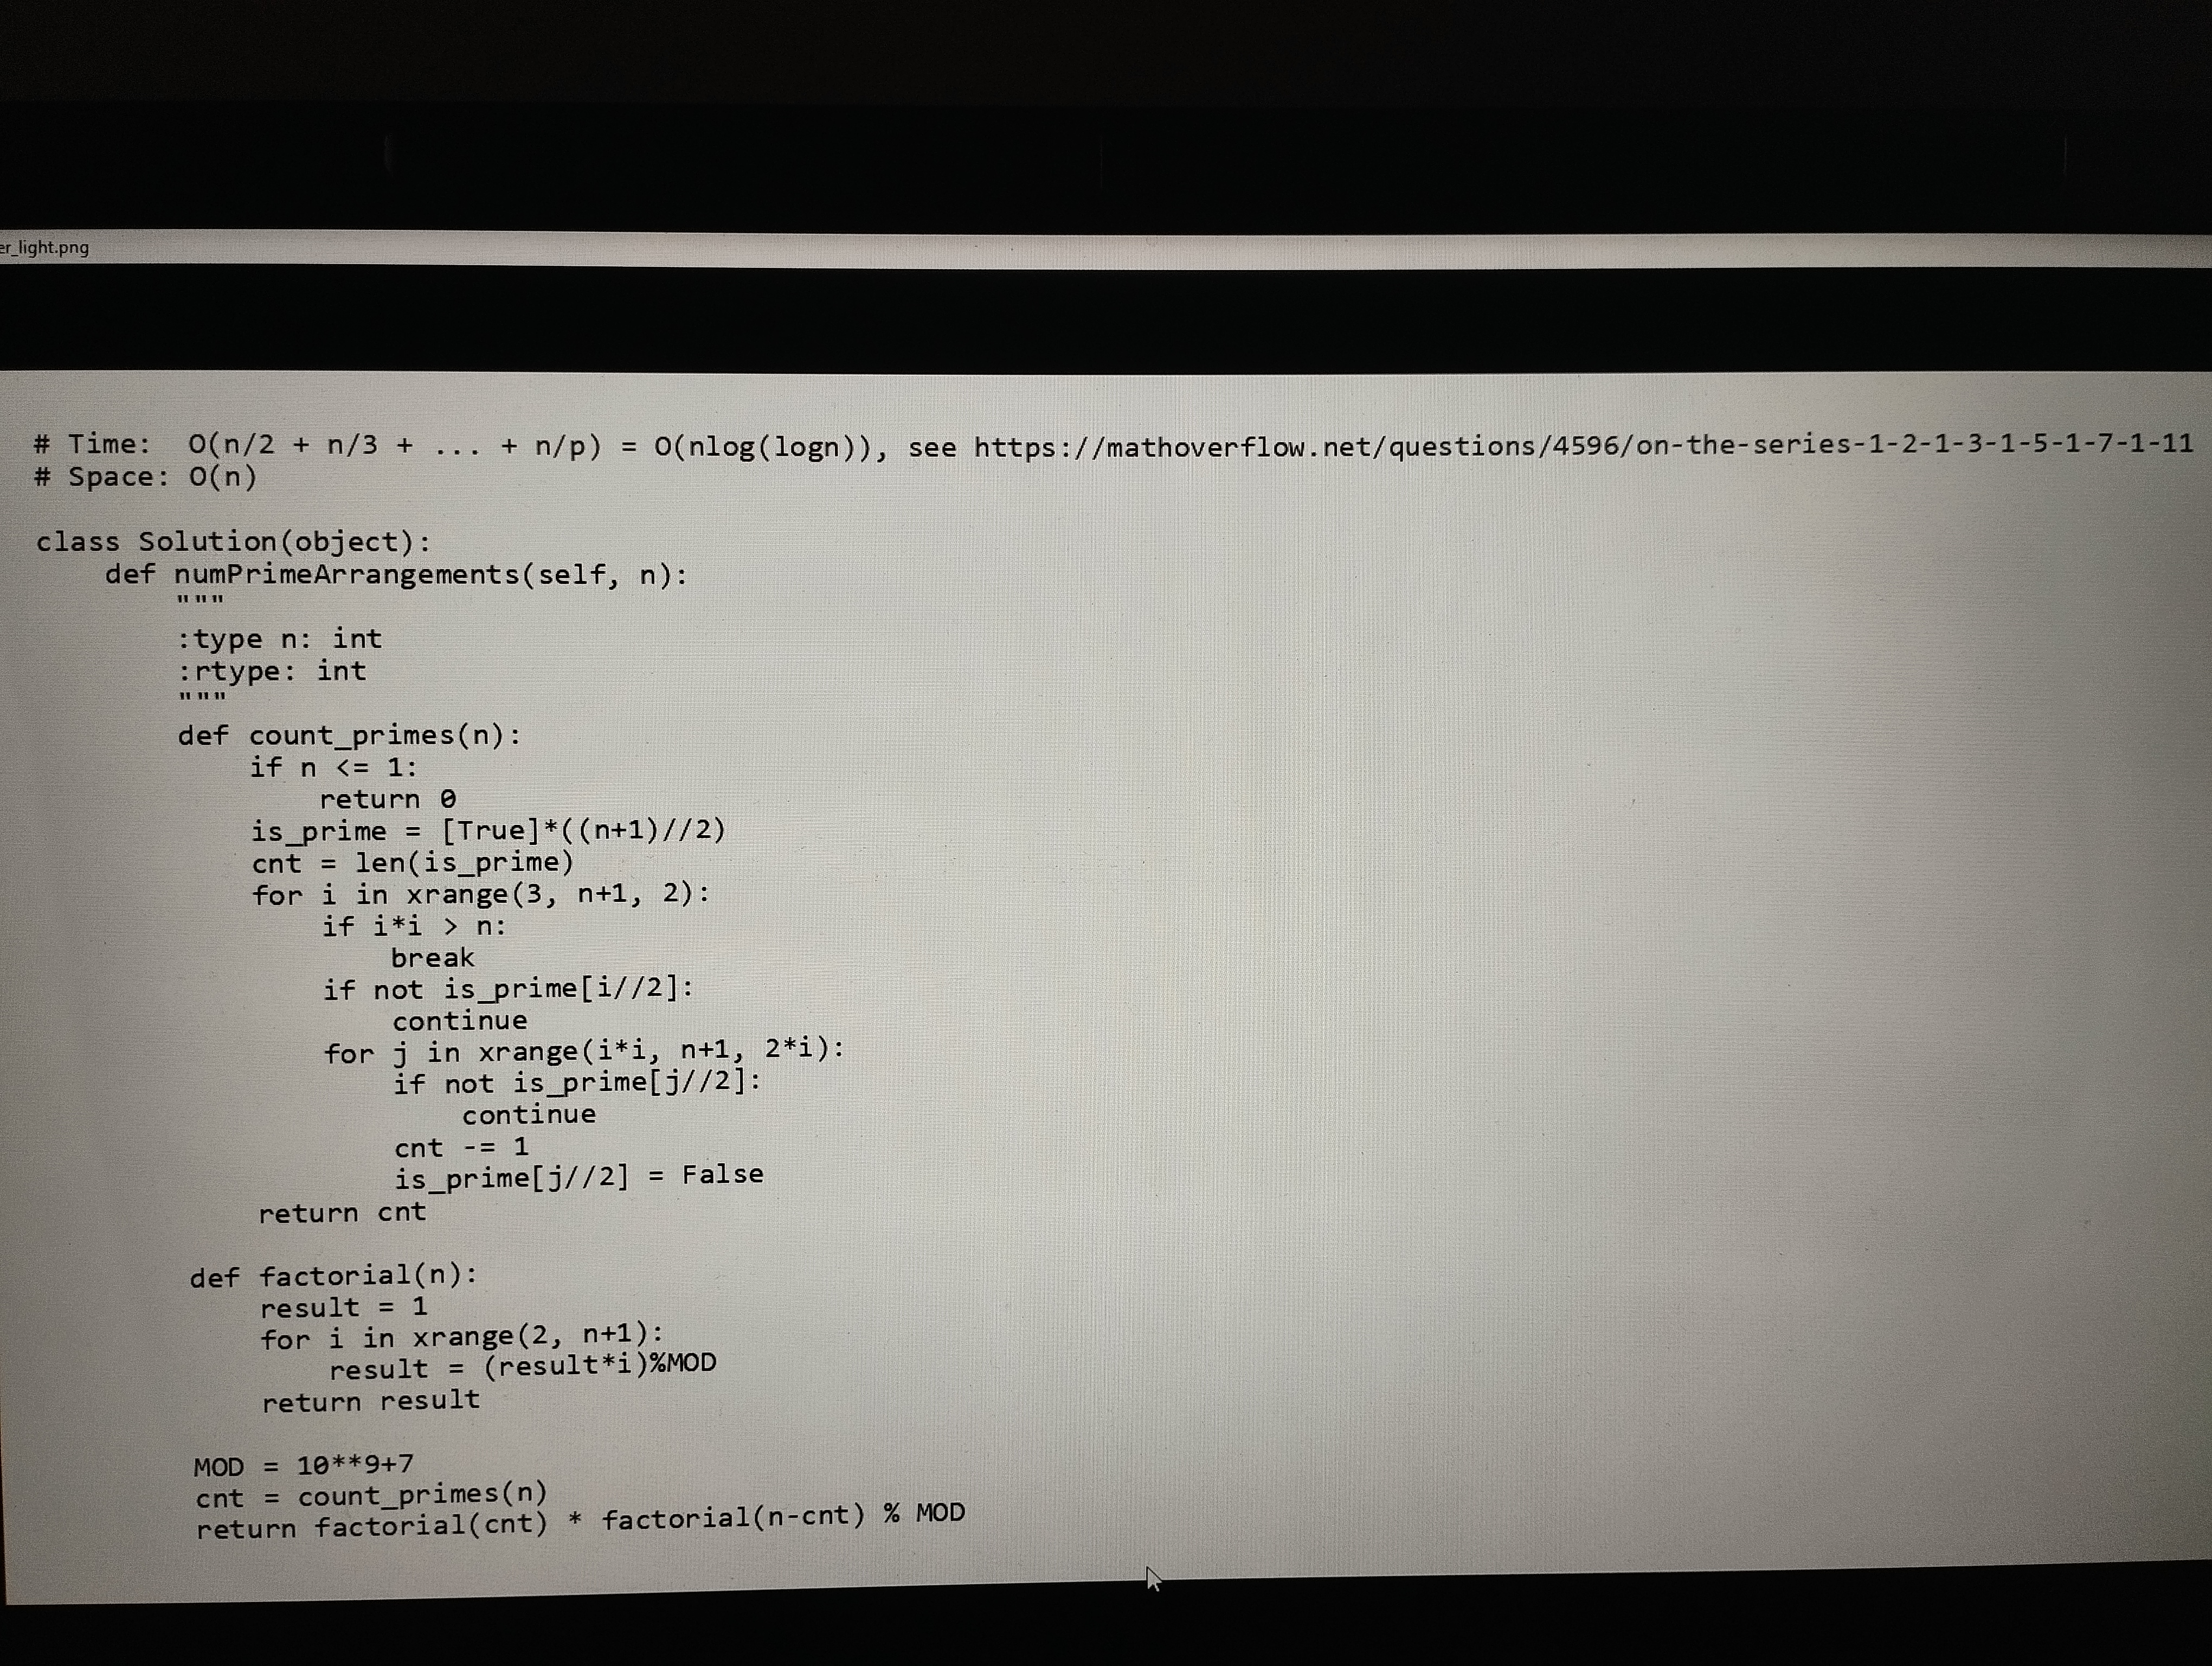
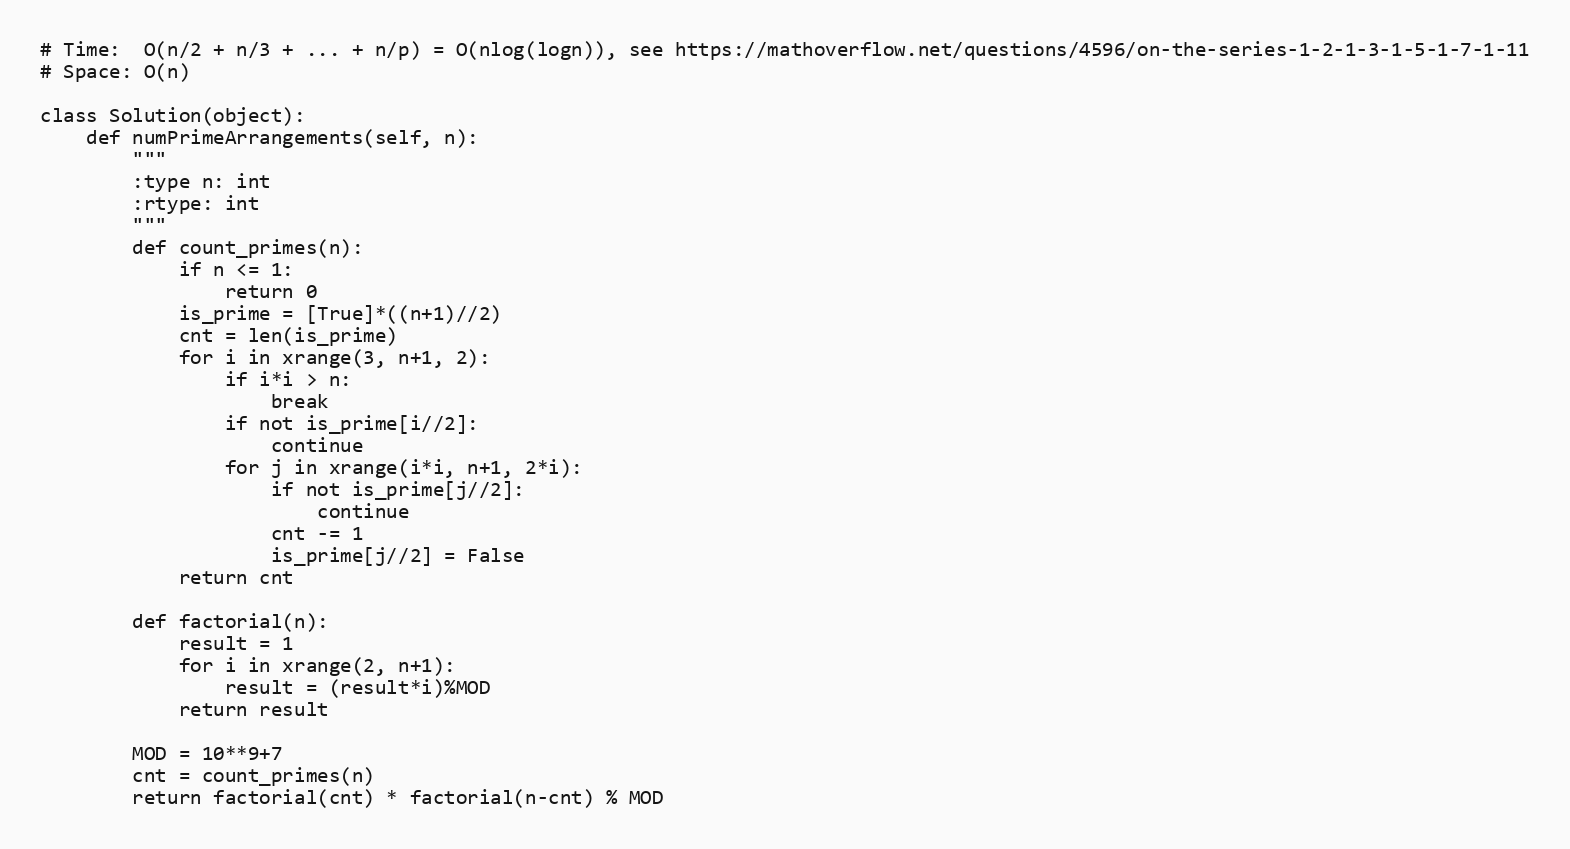
# Time:  O(n/2 + n/3 + ... + n/p) = O(nlog(logn)), see https://mathoverflow.net/questions/4596/on-the-series-1-2-1-3-1-5-1-7-1-11
# Space: O(n)

class Solution(object):
    def numPrimeArrangements(self, n):
        """
        :type n: int
        :rtype: int
        """
        def count_primes(n):
            if n <= 1:
                return 0
            is_prime = [True]*((n+1)//2)
            cnt = len(is_prime)
            for i in xrange(3, n+1, 2):
                if i*i > n:
                    break
                if not is_prime[i//2]:
                    continue
                for j in xrange(i*i, n+1, 2*i):
                    if not is_prime[j//2]:
                        continue
                    cnt -= 1
                    is_prime[j//2] = False
            return cnt

        def factorial(n):
            result = 1
            for i in xrange(2, n+1):
                result = (result*i)%MOD
            return result

        MOD = 10**9+7
        cnt = count_primes(n)
        return factorial(cnt) * factorial(n-cnt) % MOD